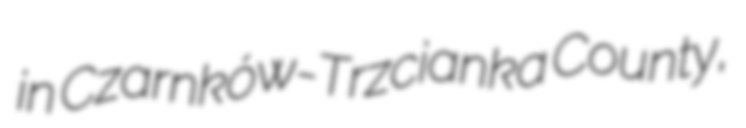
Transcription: in Czarnków-Trzcianka County,